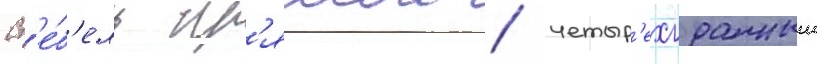
Ст'е́б'ель пр'ямои / четыр'ехгранныи